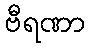
ဗီရဏာ